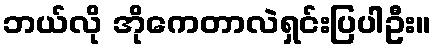
ဘယ်လို အိုကေတာလဲရှင်းပြပါဦး။